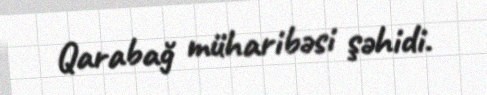
Qarabağ müharibəsi şəhidi.